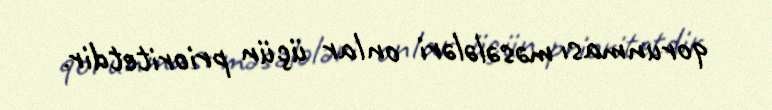
qorunması məsələləri onlar üçün prioritetdir.